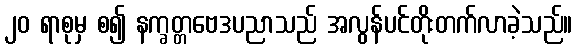
၂၀ ရာစုမှ စ၍ နက္ခတ္တဗေဒပညာသည် အလွန်ပင်တိုးတက်လာခဲ့သည်။